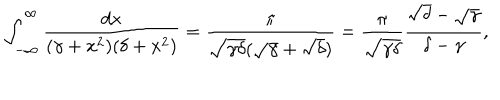
\int _ { - \infty } ^ { \infty } \frac { d x } { ( \gamma + x ^ { 2 } ) ( \delta + x ^ { 2 } ) } = \frac { \pi } { \sqrt { \gamma \delta } ( \sqrt { \gamma } + \sqrt { \delta } ) } = \frac { \pi } { \sqrt { \gamma \delta } } \frac { \sqrt { \delta } - \sqrt { \gamma } } { \delta - \gamma } ,